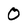
Character: 0